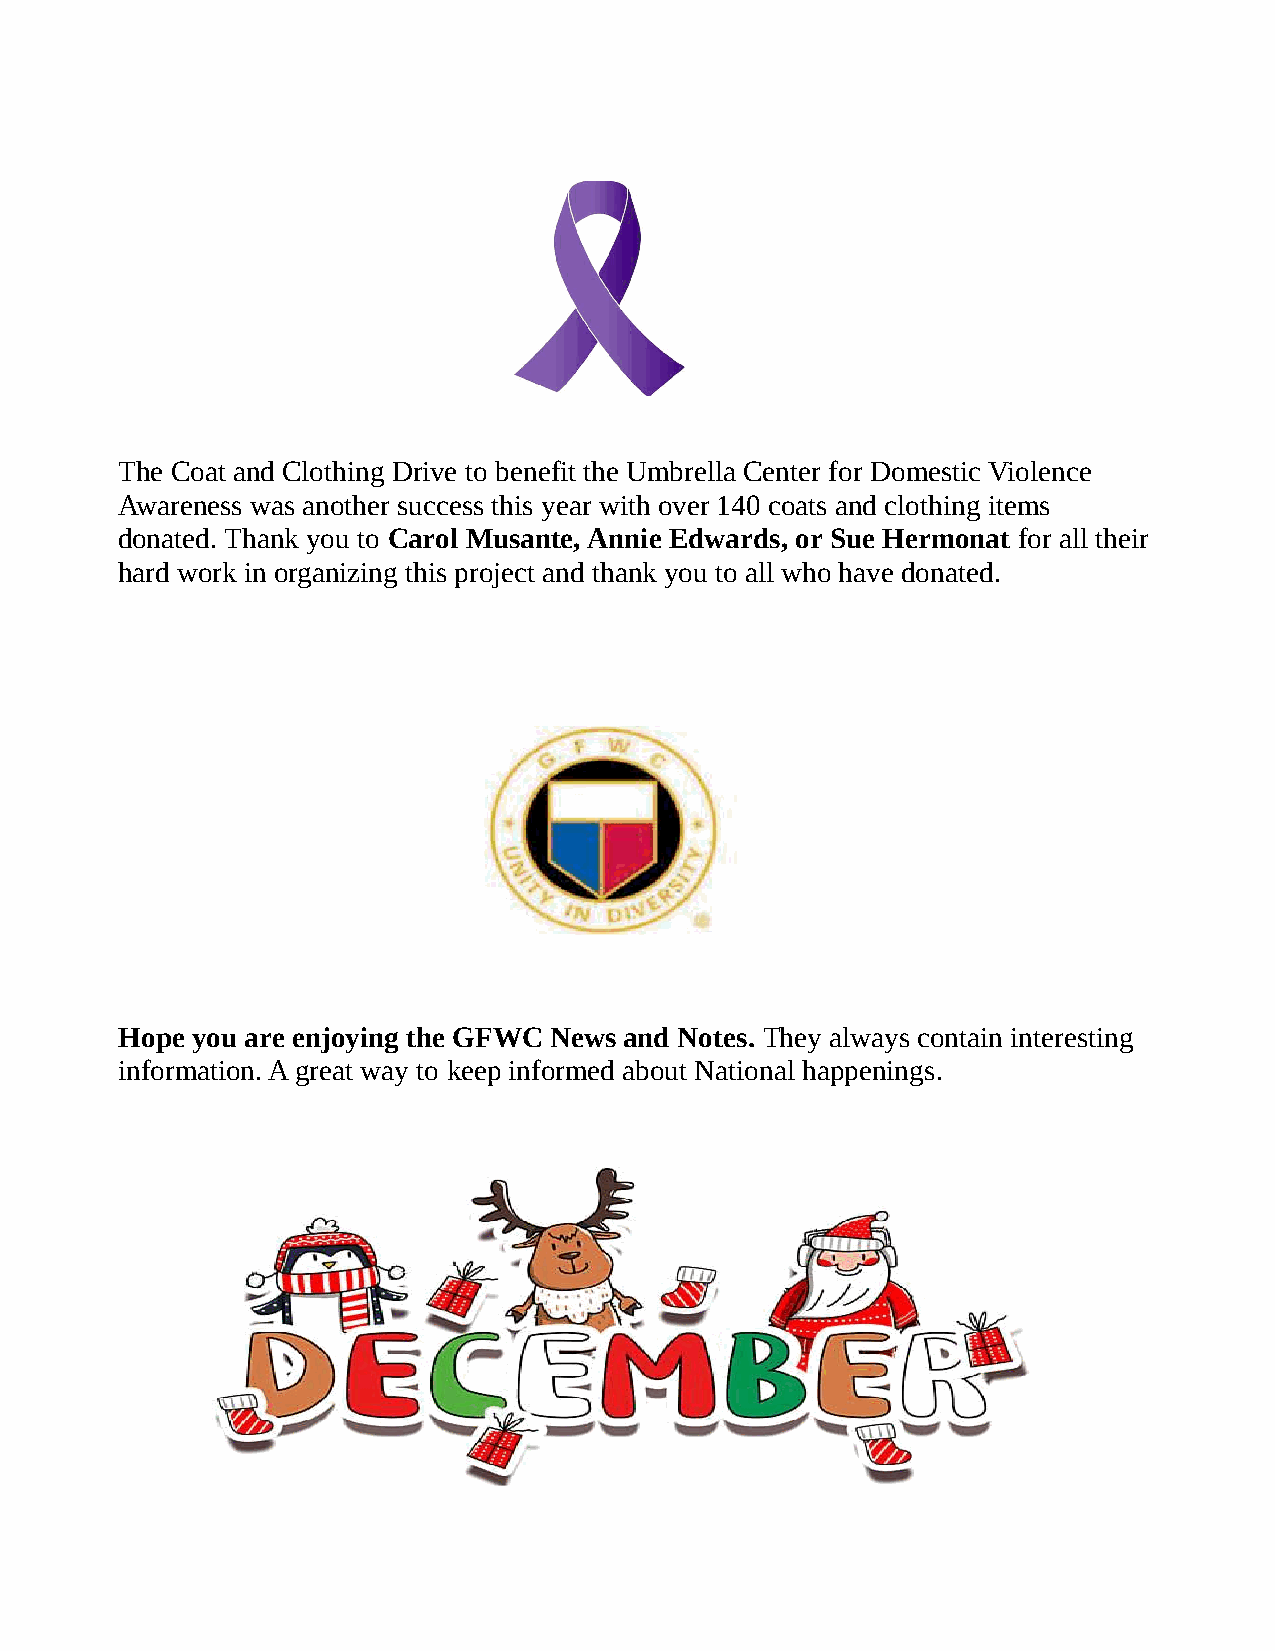
The Coat and Clothing Drive to benefit the Umbrella Center for Domestic Violence
 Awareness was another success this year with over 140 coats and clothing items
 donated. Thank you to Carol Musante, Annie Edwards, or Sue Hermonat for all their
 hard work in organizing this project and thank you to all who have donated.
 Hope you are enjoying the GFWC News and Notes. They always contain interesting
 information. A great way to keep informed about National happenings.